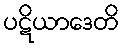
ပဋိယာဒေတိ